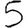
Digit: 5